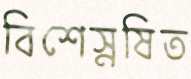
বিশেস্নষিত